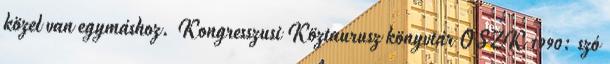
közel van egymáshoz. Kongresszusi Köztaurusz könyvtár OSZK 1990: szó